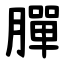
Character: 䐷